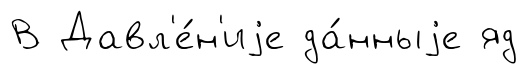
В Давл'е́н'иjе да́нныjе яд